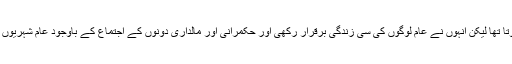
ان کا شمار عرب کے مالدار ترین افراد میں ہوتا تھا لیکن انہوں نے عام لوگوں کی سی زندگی برقرار رکھی اور حکمرانی اور مالداری دونوں کے اجتماع کے باوجود عام شہریوں کے معیار زندگی سے دوری اختیار نہیں کی۔